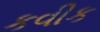
કવીક